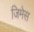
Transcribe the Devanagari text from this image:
जिमेस